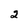
Character: 2